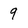
Character: 9